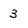
Character: 3